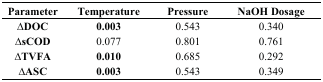
<table><thead><tr><td><b>Parameter</b></td><td><b>Temperature</b></td><td><b>Pressure</b></td><td><b>NaOH Dosage</b></td></tr></thead><tbody><tr><td><b>∆DOC</b></td><td><b>0.003</b></td><td>0.543</td><td>0.340</td></tr><tr><td><b>∆sCOD</b></td><td>0.077</td><td>0.801</td><td>0.761</td></tr><tr><td><b>∆TVFA</b></td><td><b>0.010</b></td><td>0.685</td><td>0.292</td></tr><tr><td><b>∆ASC</b></td><td><b>0.003</b></td><td>0.543</td><td>0.349</td></tr></tbody></table>